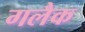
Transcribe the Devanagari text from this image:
गलैक